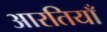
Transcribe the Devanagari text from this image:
आरतियाँ